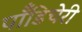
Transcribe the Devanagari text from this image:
पॉँडिचेरी